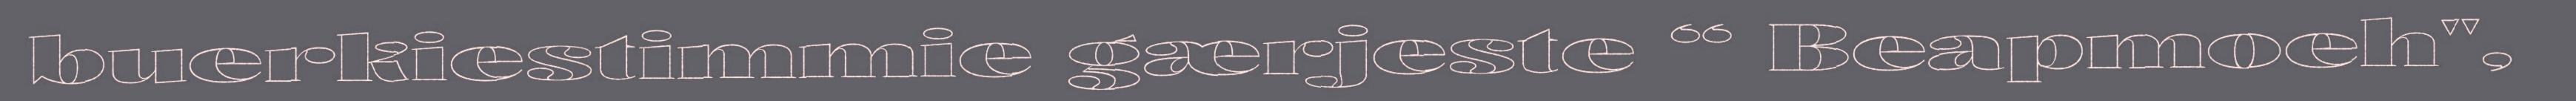
buerkiestimmie gærjeste “ Beapmoeh",